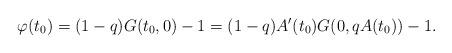
LaTeX: \begin{align*} \varphi(t_0) = (1-q)G(t_0,0)- 1 =(1-q)A'(t_0)G(0,qA(t_0)) - 1.\end{align*}